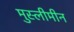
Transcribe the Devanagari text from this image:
मुस्लीमीन